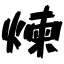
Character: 煉